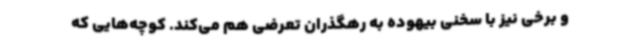
و برخی نیز با سخنی بیهوده به رهگذران تعرضی هم می‌کند. کوچه‌هایی که